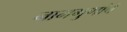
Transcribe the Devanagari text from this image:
नामगुणांचें